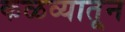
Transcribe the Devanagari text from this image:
कळव्यातून